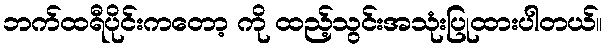
ဘက်ထရီပိုင်းကတော့ ကို ထည့်သွင်းအသုံးပြုထားပါတယ်။